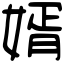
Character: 婿